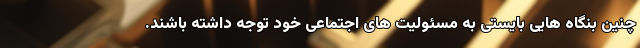
چنین بنگاه هایی بایستی به مسئولیت های اجتماعی خود توجه داشته باشند.